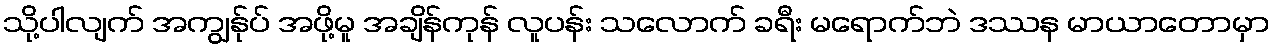
သို့ပါလျက် အကျွန်ုပ် အဖို့မူ အချိန်ကုန် လူပန်း သလောက် ခရီး မရောက်ဘဲ ဒဿန မာယာတောမှာ